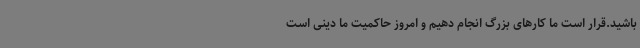
باشید.قرار است ما کارهای بزرگ انجام دهیم و امروز حاکمیت ما دینی است